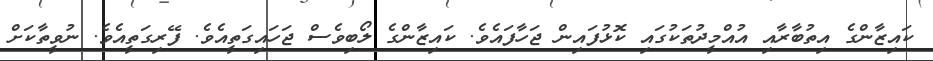
ކައިޒާންގެ އިތުބާރާއި އުއްމީދުތަކުގައި ކޮޅުފައިން ޖަހާފައެވެ. ކައިޒާންގެ ލޯބިވެސް ޖަހައިގަތީއެވެ. ފޭރިގަތީއެވެ. ނުވީތާކަށް